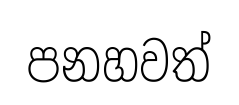
පනහවත්